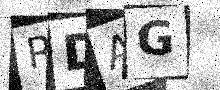
Text: RDAG